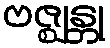
ဗဇ္ဈန္တု